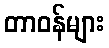
တာဝန်များ